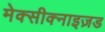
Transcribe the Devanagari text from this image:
मेक्सीक्नाइज़ड